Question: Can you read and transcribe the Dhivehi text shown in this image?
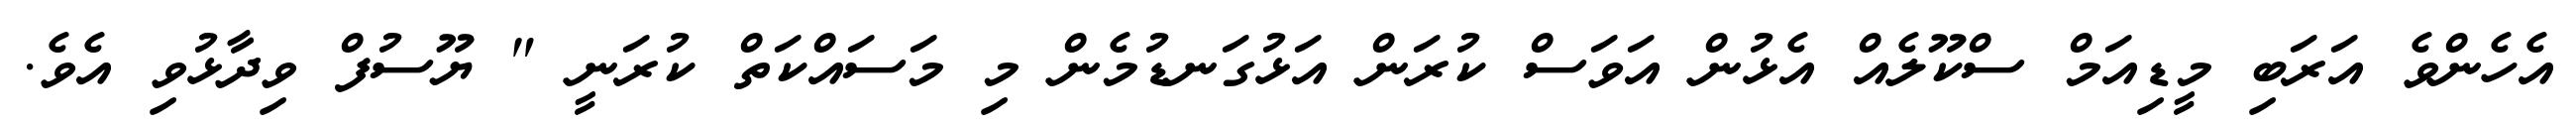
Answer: އެހެންވެ އަރަބި މީޑިއަމް ސްކޫލެއް އެޅުން އަވަސް ކުރަން އަޅުގަނޑުމެން މި މަސައްކަތް ކުރަނީ " ޔޫސުފް ވިދާޅުވި އެވެ.